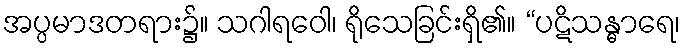
အပ္ပမာဒတရား၌။ သဂါရဝေါ၊ ရိုသေခြင်းရှိ၏။ “ပဋိသန္ဓာရေ၊